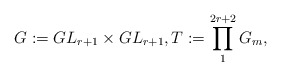
\begin{align*} G:=GL_{r+1} \times GL_{r+1}, T :=\prod_1^{2r+2}G_m,\end{align*}